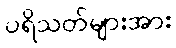
ပရိသတ်များအား